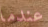
عندما